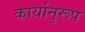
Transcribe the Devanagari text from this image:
कार्यानुरूप